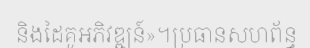
និងដៃគូអភិវឌ្ឍន៍»។ប្រធានសហព័ន្ធ